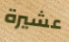
عشيرة